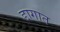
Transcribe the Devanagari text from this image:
डागात